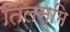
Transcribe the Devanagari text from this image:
तिलस्मि